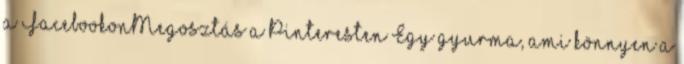
a FacebookonMegosztás a Pinteresten Egy gyurma, ami könnyen a